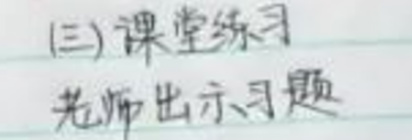
(三)课堂练习
老师出示习题